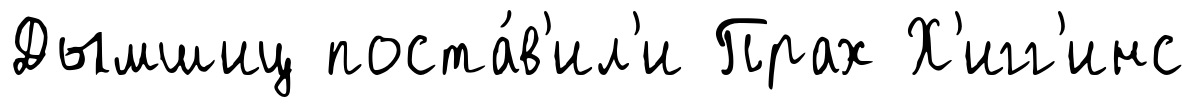
Дымшиц поста́в'ил'и Прах Х'игг'инс